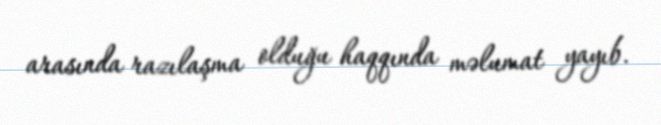
arasında razılaşma olduğu haqqında məlumat yayıb.